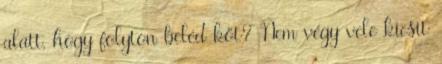
alatt, hogy folyton beléd köt? Nem végy vele kicsit